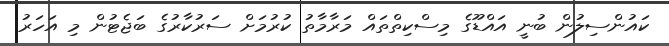
ކައުންސިލުން ބުނީ އައްޑޫގެ މިސްކިތްތައް މަރާމާތު ކުރުމަށް ސަރުކާރުގެ ބަޖެޓުން މި އަހަރު